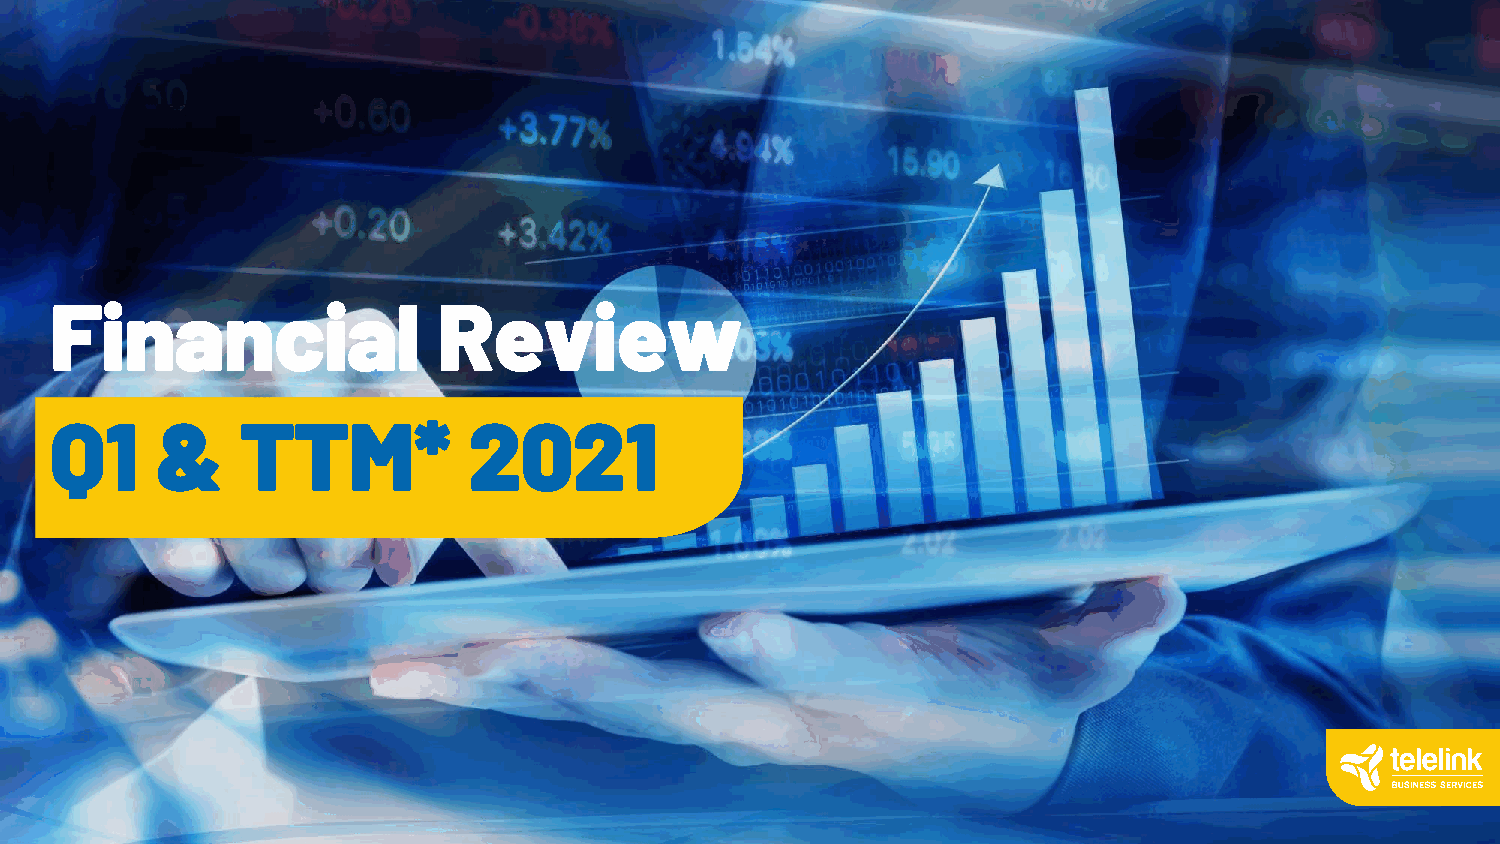
Financial                 Review
 Q1     &     TTM*           2021